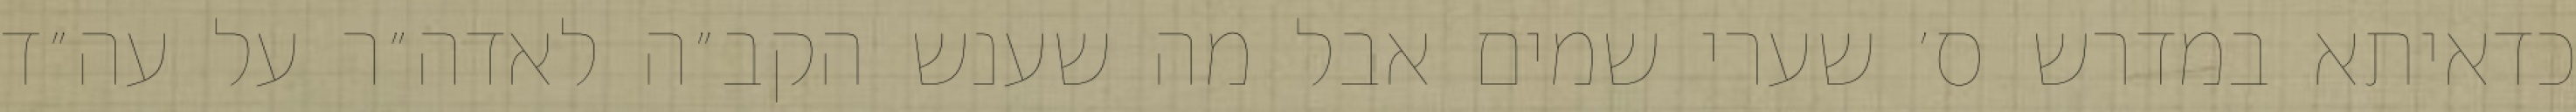
כדאיתא במדרש ס׳ שערי שמים אבל מה שענש הקב״ה לאדה״ר על עה״ד